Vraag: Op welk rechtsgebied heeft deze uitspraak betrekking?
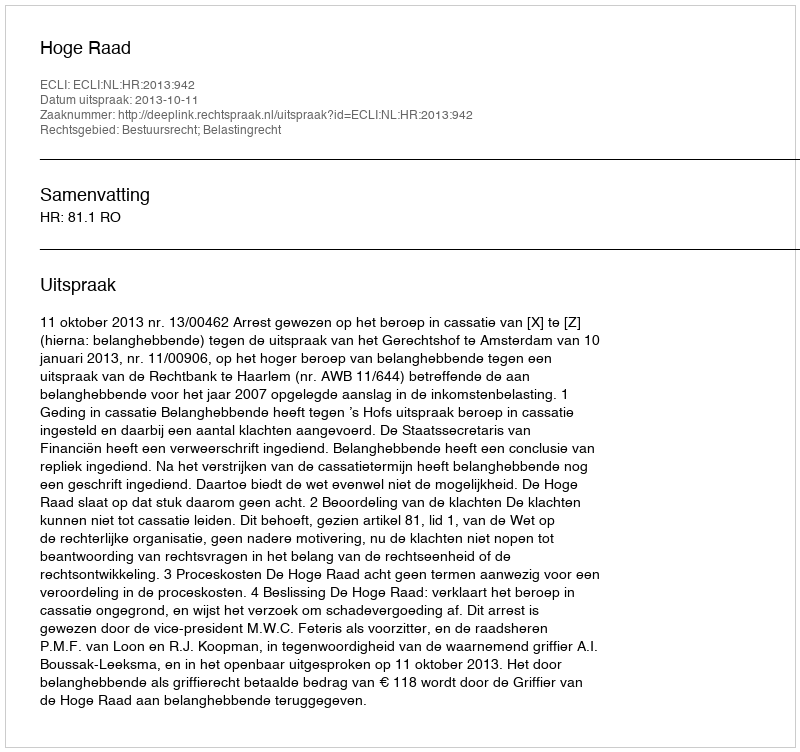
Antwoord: Bestuursrecht; Belastingrecht